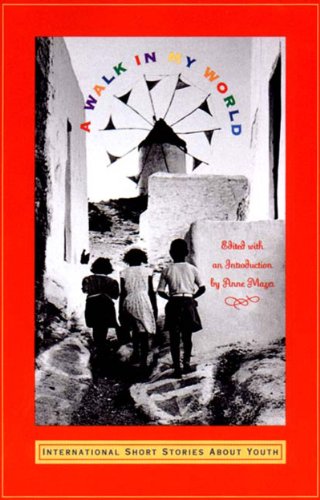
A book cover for A Walk in My World: International Short Stories About Youth; Teen & Young Adult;